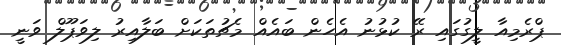
ޕްރެމިއާ ލީގުގައި ރޭ ކުޅުނު އެހެން ބައެއް މެޗުތަކަށް ބަލާއިރު ލިވަޕޫލް ވަނީ